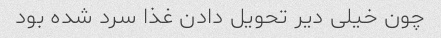
چون خیلی دیر تحویل دادن غذا سرد شده بود